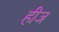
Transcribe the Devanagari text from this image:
हीज